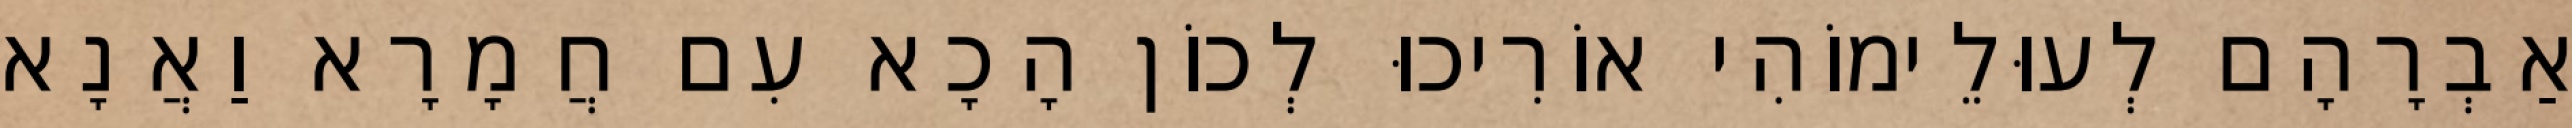
אַבְרָהָם לְעוּלֵימוֹהִי אוֹרִיכוּ לְכוֹן הָכָא עִם חֲמָרָא וַאֲנָא